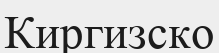
Киргизско